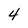
Character: 4